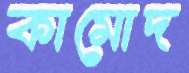
কামোদ